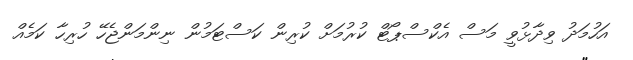
އަހުމަދު ވިދާޅުވީ މަސް އެކްސްޕޯޓް ކުރުމަށް ކުރިން ކަސްޓަމުން ނިންމަންޖެހޭ ހުރިހާ ކަމެއް